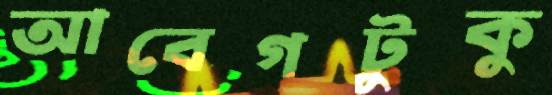
আবেগটুকু